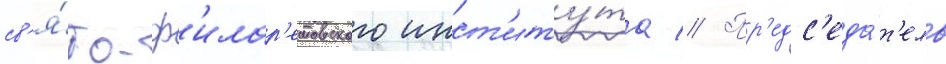
св'я́то-ф'илар'етовского инст'иту́та // Пр'едс'еда́т'ель